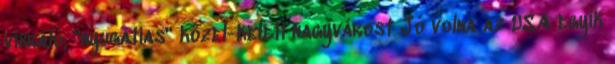
vibráló, "nyugatias" közel-keleti nagyvárost Jó volna az USA egyik